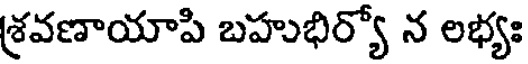
శ్రవణాయాపి బహుభిర్యో న లభ్యః